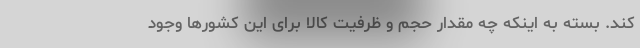
کند. بسته به اینکه چه مقدار حجم و ظرفیت کالا برای این کشورها وجود